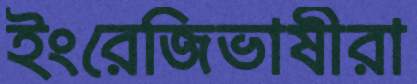
ইংরেজিভাষীরা